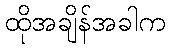
ထိုအချိန်အခါက